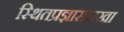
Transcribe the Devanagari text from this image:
स्थितप्रज्ञासारखा